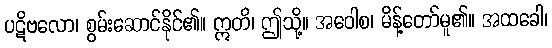
ပဋိဗလော၊ စွမ်းဆောင်နိုင်၏။ ဣတိ၊ ဤသို့။ အဝေါစ၊ မိန့်တော်မူ၏။ အထခေါ၊